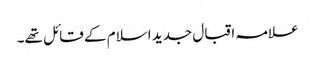
علامہ اقبال جدید اسلام کے قائل تھے۔